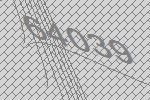
64039